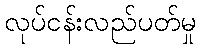
လုပ်ငန်းလည်ပတ်မှု